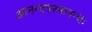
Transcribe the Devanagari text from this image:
आनन्दपरमानन्दः